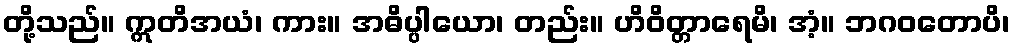
တို့သည်။ ဣတိအယံ၊ ကား။ အဓိပ္ပါယော၊ တည်း။ ဟိဝိတ္တာရေမိ၊ အံ့။ ဘဂဝတောပိ၊